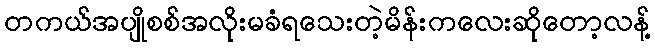
တကယ်အပျိုစစ်အလိုးမခံရသေးတဲ့မိန်းကလေးဆိုတော့လန့်